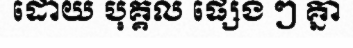
ដោយ បុគ្គល ផ្សេង ៗ គ្នា